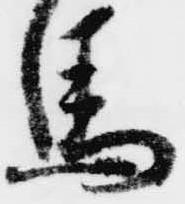
馬